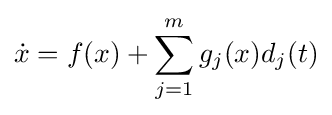
{\dot {x}}=f(x)+\sum _{j=1}^{m}g_{j}(x)d_{j}(t)